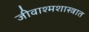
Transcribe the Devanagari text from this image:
जीवाश्मशास्त्रात